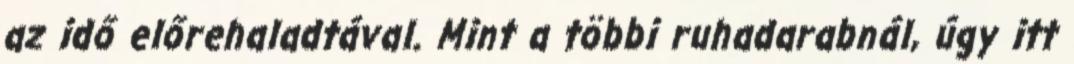
az idő előrehaladtával. Mint a többi ruhadarabnál, úgy itt